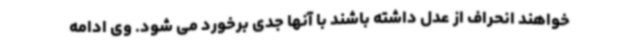
خواهند انحراف از عدل داشته باشند با آنها جدی برخورد می شود. وی ادامه